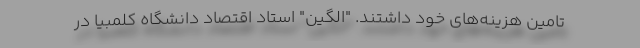
تامین هزینه‌های خود داشتند. "الگین" استاد اقتصاد دانشگاه کلمبیا در